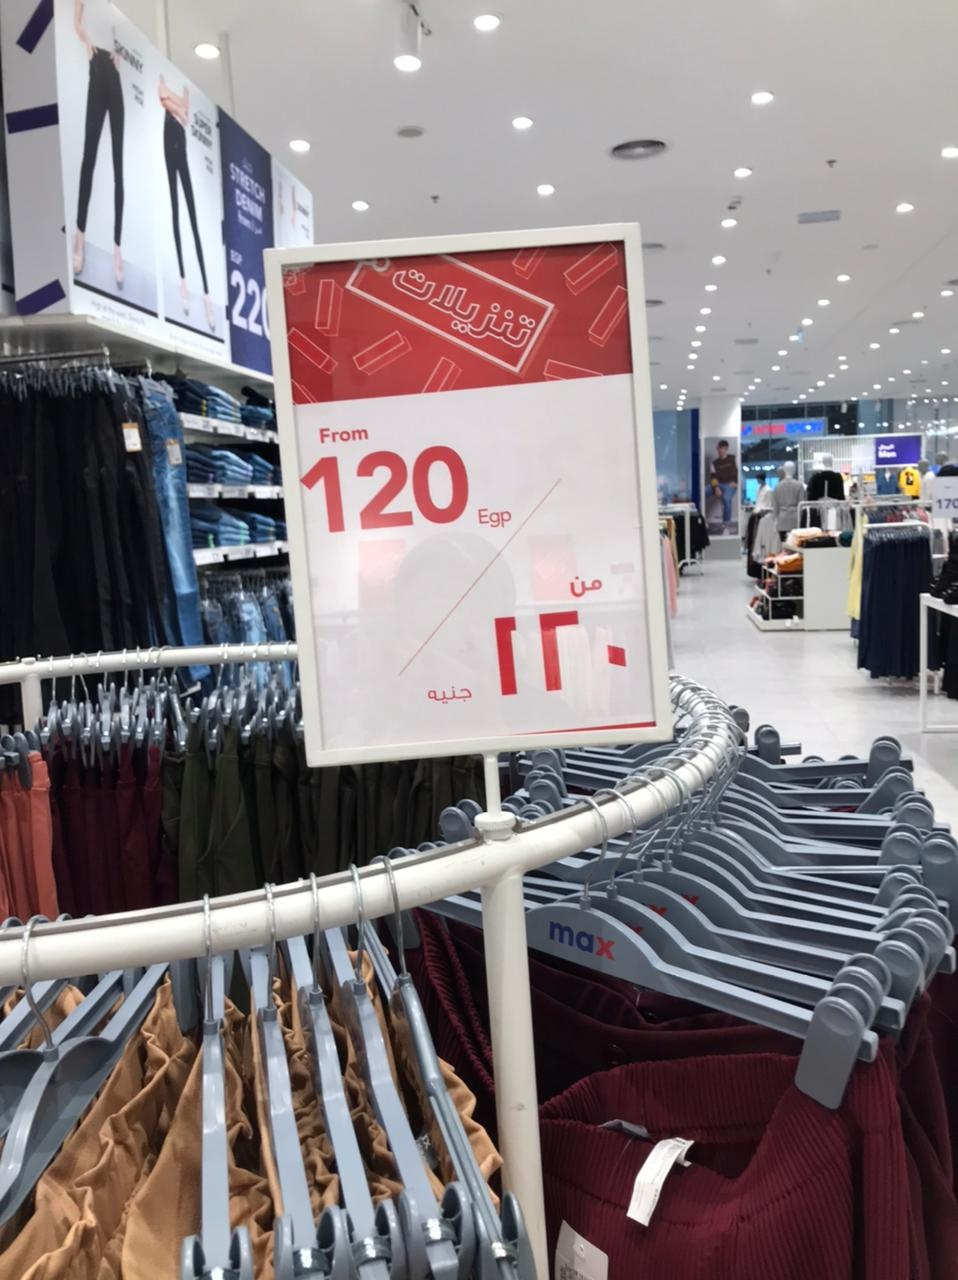
Text in image: تنزيلات من 120 جنيه 22 From 120 Egp max